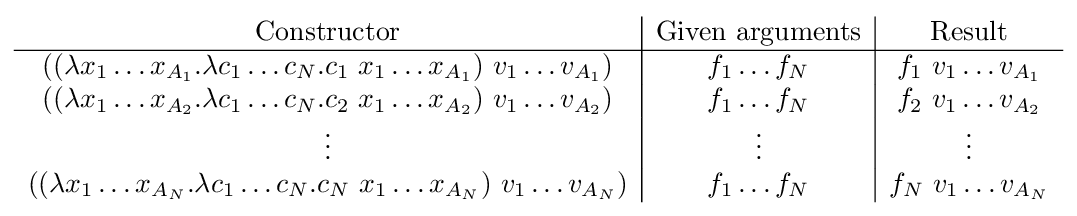
{\begin{array}{c|c|c}{\text{Constructor}}&{\text{Given arguments}}&{\text{Result}}\\\hline ((\lambda x_{1}\ldots x_{A_{1}}.\lambda c_{1}\ldots c_{N}.c_{1}\ x_{1}\ldots x_{A_{1}})\ v_{1}\ldots v_{A_{1}})&f_{1}\ldots f_{N}&f_{1}\ v_{1}\ldots v_{A_{1}}\\((\lambda x_{1}\ldots x_{A_{2}}.\lambda c_{1}\ldots c_{N}.c_{2}\ x_{1}\ldots x_{A_{2}})\ v_{1}\ldots v_{A_{2}})&f_{1}\ldots f_{N}&f_{2}\ v_{1}\ldots v_{A_{2}}\\\vdots &\vdots &\vdots \\((\lambda x_{1}\ldots x_{A_{N}}.\lambda c_{1}\ldots c_{N}.c_{N}\ x_{1}\ldots x_{A_{N}})\ v_{1}\ldots v_{A_{N}})&f_{1}\ldots f_{N}&f_{N}\ v_{1}\ldots v_{A_{N}}\end{array}}